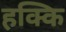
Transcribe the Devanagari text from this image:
हक्कि